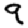
Digit: 9